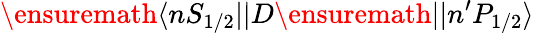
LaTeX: \ensuremath{\langle nS_{1/2}||}D\ensuremath{||n^{\prime}P_{1/2}\rangle}